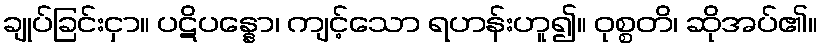
ချုပ်ခြင်းငှာ။ ပဋိပန္နော၊ ကျင့်သော ရဟန်းဟူ၍။ ဝုစ္စတိ၊ ဆိုအပ်၏။